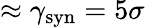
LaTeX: \approx\gamma_{\mathrm{syn}}=5\sigma